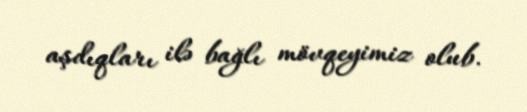
aşdıqları ilə bağlı mövqeyimiz olub.